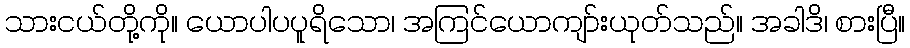
သားငယ်တို့ကို။ ယောပါပပူရိသော၊ အကြင်ယောကျာ်းယုတ်သည်။ အခါဒိ၊ စားပြီ။